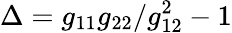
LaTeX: \Delta=g_{11}g_{22}/g_{12}^{2}-1